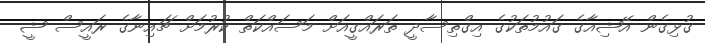
ގުޅިގެން އޭޝިއާގެ ގައުމުތަކުގެ އިގްތިސާދީ ތަރައްގީއަށް މަސައްކަތް ކުރުމަށް ޗައިނާގެ ރައީސް ޝީ